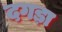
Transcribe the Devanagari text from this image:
दगड़ा